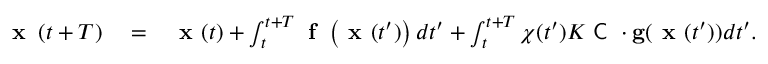
\begin{array} { r l r } { \textbf { x } \left( t + T \right) } & { { } = } & { \textbf { x } ( t ) + \int _ { t } ^ { t + T } \textbf { f } \left( \textbf { x } ( t ^ { \prime } ) \right) d t ^ { \prime } + \int _ { t } ^ { t + T } { \chi } ( t ^ { \prime } ) K \textsf { C } \cdot \mathbf { g } ( \textbf { x } ( t ^ { \prime } ) ) d t ^ { \prime } . } \end{array}